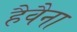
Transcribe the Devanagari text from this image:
हैवैना